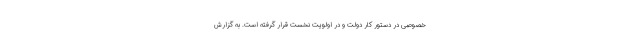
خصوصی در دستور کار دولت و در اولویت نخست قرار گرفته است. به گزارش